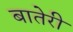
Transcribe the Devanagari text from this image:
बातेरी